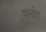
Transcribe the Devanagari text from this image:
शनोर